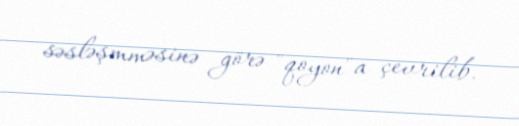
səsləşmməsinə görə "qoyon"a çevrilib.